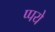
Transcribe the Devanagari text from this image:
प्पये